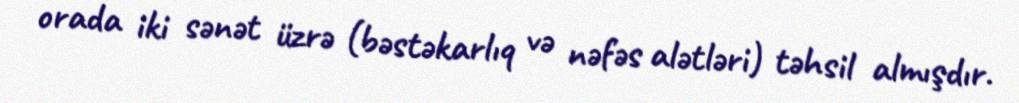
orada iki sənət üzrə (bəstəkarlıq və nəfəs alətləri) təhsil almışdır.